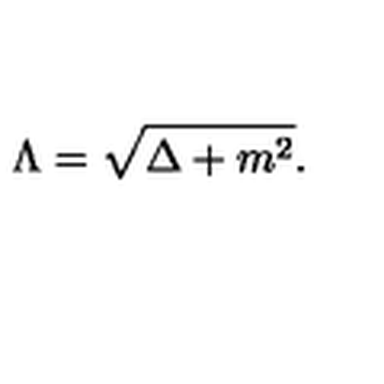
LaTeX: \Lambda = \sqrt { \Delta + m ^ { 2 } } .